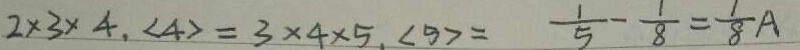
2 \times 3 \times 4 , < 4 > = 3 \times 4 \times 5 , < 5 > = \frac { 1 } { 5 } - \frac { 1 } { 8 } = \frac { 1 } { 8 } A